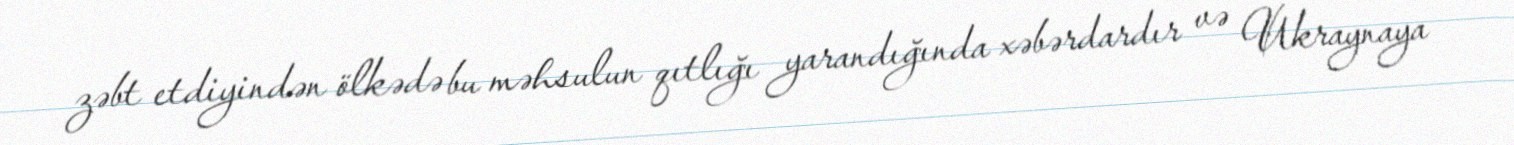
zəbt etdiyindən ölkədə bu məhsulun qıtlığı yarandığında xəbərdardır və Ukraynaya